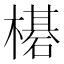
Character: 𬄯